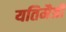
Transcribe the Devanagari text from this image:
यतिमैत्री